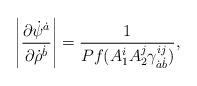
LaTeX: \begin{align*}\left|{\partial\dot \psi^{\dot a} \over \partial\dot \rho^{\dot b}}\right| ={1\over Pf(A_1^i A_2^j\gamma^{ij}_{\dot a\dot b})},\end{align*}